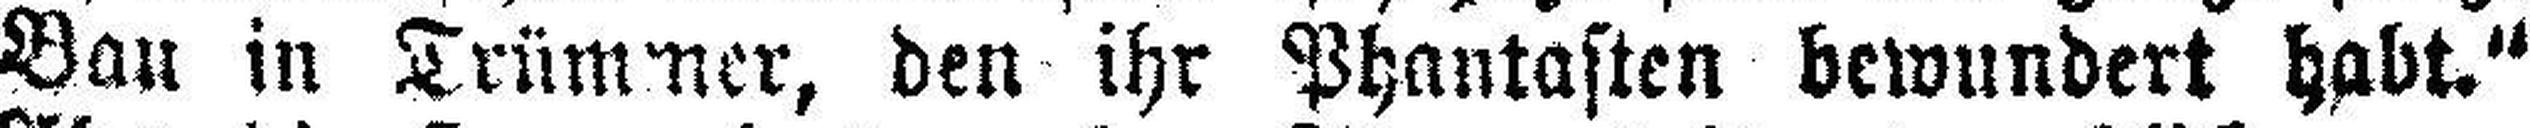
Bau in Trümmer, den ihr Phantasten bewundert habt.“